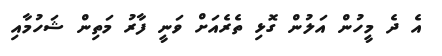
އެ ދެ މީހުން އަލުން ގޮޅި ތެރެއަށް ވަނީ ފާރު މަތިން ޝަހުމާއި